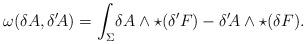
LaTeX: \begin{align*}\omega(\delta{A},\delta'\!{A})=\int_\Sigma\! \delta{A}\wedge\star(\delta'F)-\delta'\!{A}\wedge\star(\delta F).\end{align*}